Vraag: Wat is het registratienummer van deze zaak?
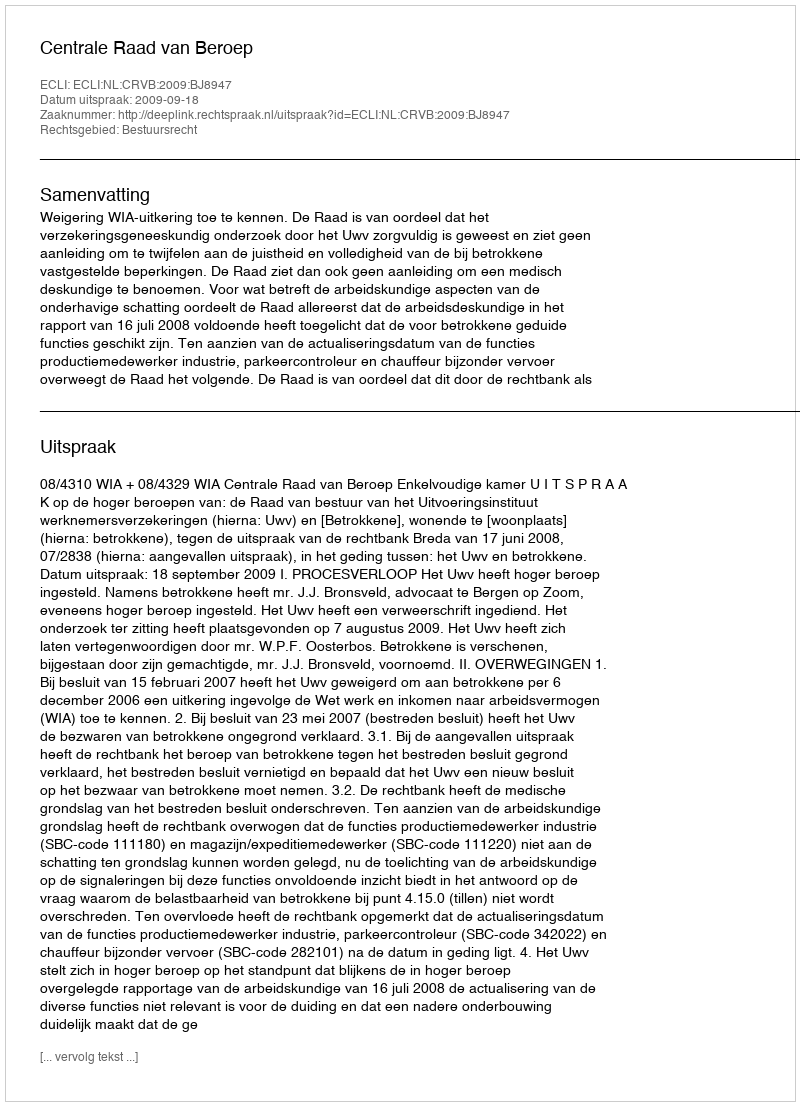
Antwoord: http://deeplink.rechtspraak.nl/uitspraak?id=ECLI:NL:CRVB:2009:BJ8947